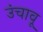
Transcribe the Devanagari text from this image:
उंचावू